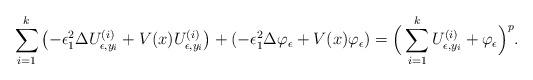
LaTeX: \begin{align*}\sum_{i=1}^{k}\left(-\epsilon_{1}^{2}\Delta U_{\epsilon,y_{i}}^{(i)}+V(x)U_{\epsilon,y_{i}}^{(i)}\right)+(-\epsilon_{1}^{2}\Delta\varphi_{\epsilon}+V(x)\varphi_{\epsilon})=\Big(\sum_{i=1}^{k}U_{\epsilon,y_{i}}^{(i)}+\varphi_{\epsilon}\Big)^{p}.\end{align*}